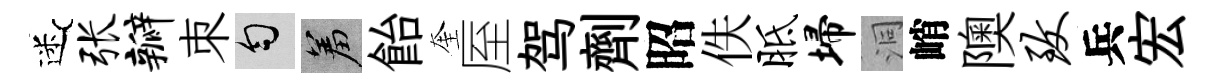
迷张瓣朿匀羞飴奎厔驾劑昭佚胝埽洞峭隩致兵宏